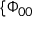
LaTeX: \{ \Phi _ { 0 0 }